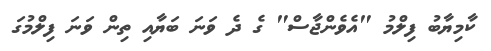
ކާމިޔާބު ފިލްމު "އެވެންޖާސް" ގެ ދެ ވަނަ ބަޔާއި ތިން ވަނަ ފިލްމުގަ